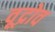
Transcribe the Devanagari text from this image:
वूद्रोव